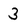
Character: 3